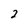
Character: 2